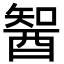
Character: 䣽